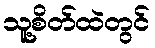
သူ့စိတ်ထဲတွင်